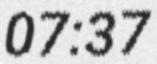
07:37